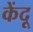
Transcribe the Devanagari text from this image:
केंदू